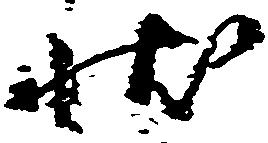
状